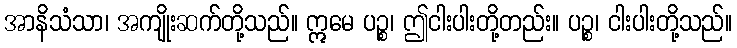
အာနိသံသာ၊ အကျိုးဆက်တို့သည်။ ဣမေ ပဉ္စ၊ ဤငါးပါးတို့တည်း။ ပဉ္စ၊ ငါးပါးတို့သည်။